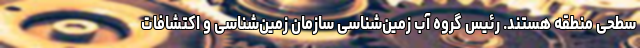
سطحی منطقه هستند. رئیس گروه آب زمین‌شناسی سازمان زمین‌شناسی و اکتشافات